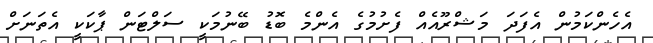
އެހެންކަމުން އެފަދަ މަޝްރޫއެއް ފެށުމުގެ އެންމެ ބޮޑު ބޭނުމަކީ ސަލްޓަން ޕާކަކީ އެތަނަށް